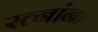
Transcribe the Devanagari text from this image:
रत्‍नांना